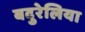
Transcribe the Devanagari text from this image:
बदुरेलिया